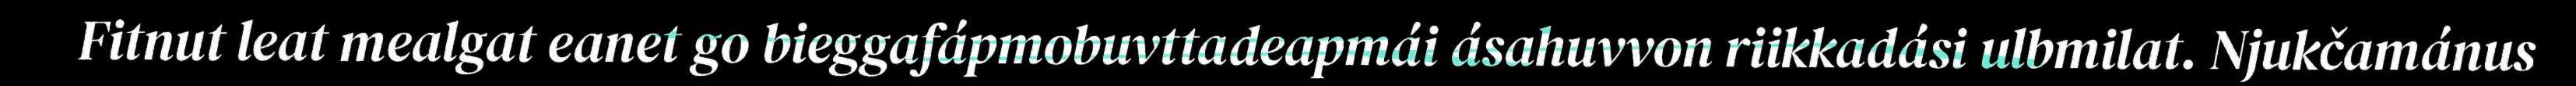
Fitnut leat mealgat eanet go bieggafápmobuvttadeapmái ásahuvvon riikkadási ulbmilat. Njukčamánus